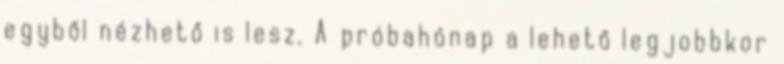
egyből nézhető is lesz. A próbahónap a lehető legjobbkor